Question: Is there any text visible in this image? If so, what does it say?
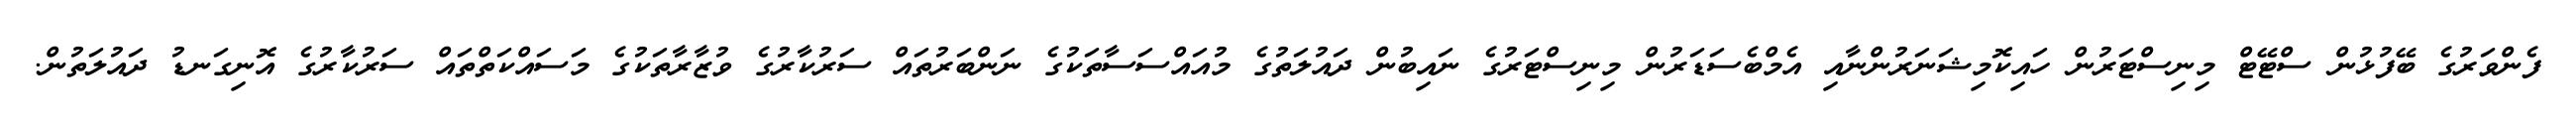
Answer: ފެންވަރުގެ ބޭފުޅުން ސްޓޭޓް މިނިސްޓަރުން ހައިކޮމިޝަނަރުންނާއި އެމްބެސަޑަރުން މިނިސްޓަރުގެ ނައިބުން ދައުލަތުގެ މުއައްސަސާތަކުގެ ނަންބަރުތައް ސަރުކާރުގެ ވުޒާރާތަކުގެ މަސައްކަތްތައް ސަރުކާރުގެ އޮނިގަނޑު ދައުލަތުން.